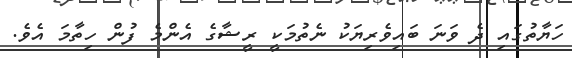
ހަޔާތުގައި ދެ ވަނަ ބައިވެރިޔަކު ނެތުމަކީ ރީޝާގެ އެންމެ ފުން ހިތާމަ އެވެ.